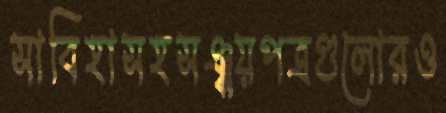
সাবিহাসহসঞ্চয়পত্রগুলোরও